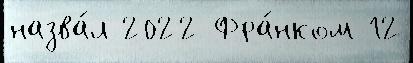
назва́л 2022 Фра́нком 12